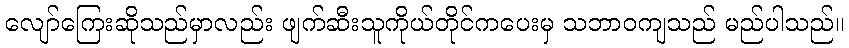
လျော်ကြေးဆိုသည်မှာလည်း ဖျက်ဆီးသူကိုယ်တိုင်ကပေးမှ သဘာဝကျသည် မည်ပါသည်။